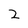
Character: 2